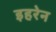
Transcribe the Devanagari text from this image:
इहरेन